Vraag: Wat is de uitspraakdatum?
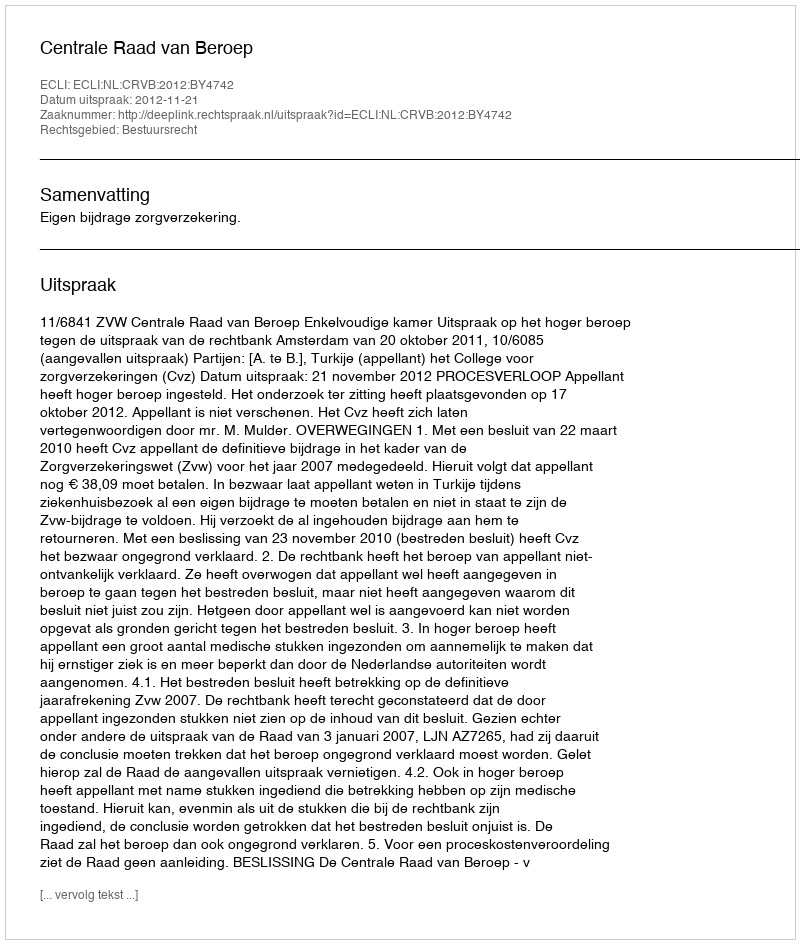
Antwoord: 2012-11-21